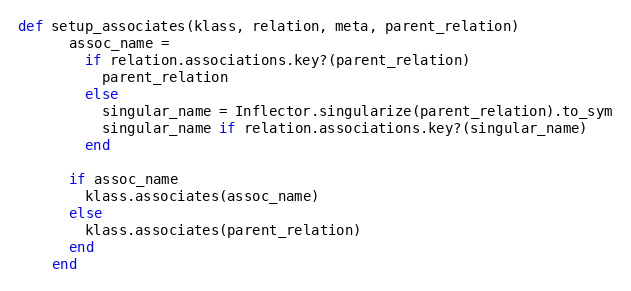
Language: Ruby
def setup_associates(klass, relation, meta, parent_relation)
      assoc_name =
        if relation.associations.key?(parent_relation)
          parent_relation
        else
          singular_name = Inflector.singularize(parent_relation).to_sym
          singular_name if relation.associations.key?(singular_name)
        end

      if assoc_name
        klass.associates(assoc_name)
      else
        klass.associates(parent_relation)
      end
    end